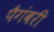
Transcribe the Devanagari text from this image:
पैगंबरी